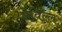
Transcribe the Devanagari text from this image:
नेविल्ल